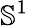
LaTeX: {\mathbb S}^{1}